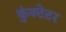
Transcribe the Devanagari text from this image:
कुंक्टेटर